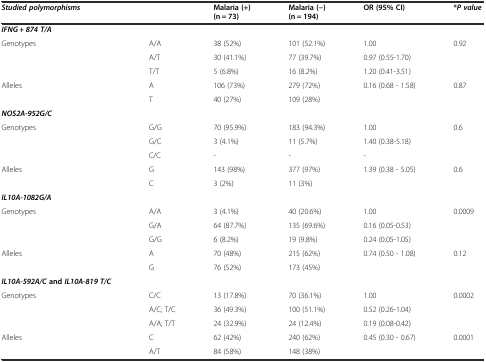
<table><thead><tr><td><b><i>Studied polymorphisms</i></b></td><td></td><td><b>Malaria (+) (n = 73)</b></td><td><b>Malaria (−) (n = 194)</b></td><td><b>OR (95% CI)</b></td><td><b>*<i>P value</i></b></td></tr></thead><tbody><tr><td><b><i>IFNG + 874 T/A</i></b></td><td></td><td></td><td></td><td></td><td></td></tr><tr><td>Genotypes</td><td>A/A</td><td>38 (52%)</td><td>101 (52.1%)</td><td>1.00</td><td rowspan="3">0.92</td></tr><tr><td></td><td>A/T</td><td>30 (41.1%)</td><td>77 (39.7%)</td><td>0.97 (0.55-1.70)</td></tr><tr><td></td><td>T/T</td><td>5 (6.8%)</td><td>16 (8.2%)</td><td>1.20 (0.41-3.51)</td></tr><tr><td>Alleles</td><td>A</td><td>106 (73%)</td><td>279 (72%)</td><td rowspan="2">0.16 (0.68 - 1.58)</td><td rowspan="2">0.87</td></tr><tr><td></td><td>T</td><td>40 (27%)</td><td>109 (28%)</td></tr><tr><td><b><i>NOS2A-952G/C</i></b></td><td></td><td></td><td></td><td></td><td></td></tr><tr><td>Genotypes</td><td>G/G</td><td>70 (95.9%)</td><td>183 (94.3%)</td><td>1.00</td><td rowspan="3">0.6</td></tr><tr><td></td><td>G/C</td><td>3 (4.1%)</td><td>11 (5.7%)</td><td>1.40 (0.38-5.18)</td></tr><tr><td></td><td>C/C</td><td>-</td><td>-</td><td>-</td></tr><tr><td>Alleles</td><td>G</td><td>143 (98%)</td><td>377 (97%)</td><td rowspan="2">1.39 (0.38 - 5.05)</td><td rowspan="2">0.6</td></tr><tr><td></td><td>C</td><td>3 (2%)</td><td>11 (3%)</td></tr><tr><td><b><i>IL10A-1082G/A</i></b></td><td></td><td></td><td></td><td></td><td></td></tr><tr><td>Genotypes</td><td>A/A</td><td>3 (4.1%)</td><td>40 (20.6%)</td><td>1.00</td><td rowspan="3">0.0009</td></tr><tr><td></td><td>G/A</td><td>64 (87.7%)</td><td>135 (69.6%)</td><td>0.16 (0.05-0.53)</td></tr><tr><td></td><td>G/G</td><td>6 (8.2%)</td><td>19 (9.8%)</td><td>0.24 (0.05-1.05)</td></tr><tr><td>Alleles</td><td>A</td><td>70 (48%)</td><td>215 (62%)</td><td rowspan="2">0.74 (0.50 - 1.08)</td><td rowspan="2">0.12</td></tr><tr><td></td><td>G</td><td>76 (52%)</td><td>173 (45%)</td></tr><tr><td><b><i>IL10A-592A/C</i></b><b>and</b><b><i>IL10A-819 T/C</i></b></td><td></td><td></td><td></td><td></td><td></td></tr><tr><td>Genotypes</td><td>C/C</td><td>13 (17.8%)</td><td>70 (36.1%)</td><td>1.00</td><td rowspan="3">0.0002</td></tr><tr><td></td><td>A/C; T/C</td><td>36 (49.3%)</td><td>100 (51.1%)</td><td>0.52 (0.26-1.04)</td></tr><tr><td></td><td>A/A; T/T</td><td>24 (32.9%)</td><td>24 (12.4%)</td><td>0.19 (0.08-0.42)</td></tr><tr><td>Alleles</td><td>C</td><td>62 (42%)</td><td>240 (62%)</td><td rowspan="2">0.45 (0.30 - 0.67)</td><td rowspan="2">0.0001</td></tr><tr><td></td><td>A/T</td><td>84 (58%)</td><td>148 (38%)</td></tr></tbody></table>